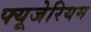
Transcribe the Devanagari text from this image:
फ्यूजेरियम